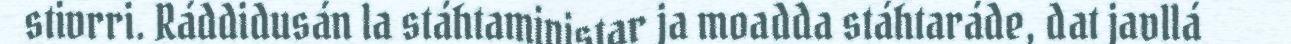
stivrri. Ráddidusán la stáhtaministar ja moadda stáhtaráde, dat javllá